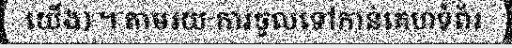
យើង) ។ តាមរយៈការចូលទៅកាន់គេហទំព័រ